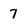
Character: 7